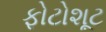
ફોટોશૂટ